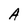
Character: A